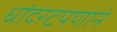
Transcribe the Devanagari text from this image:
धांदरटपणाने